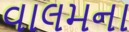
વાલમના